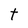
Character: t